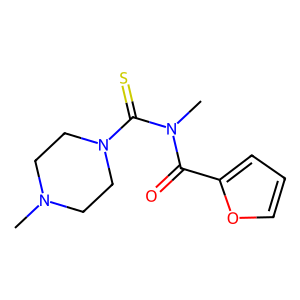
SMILES: CN1CCN(C(=S)N(C)C(=O)c2ccco2)CC1
Inhibits HIV replication: No